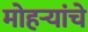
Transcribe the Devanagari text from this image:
मोहऱ्यांचे